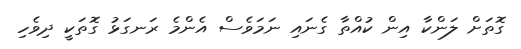
ގޮތަށް ލަންކާ އިން ކުއްތާ ގެނައި ނަމަވެސް އެންމެ ރަނގަޅު ގޮތަކީ ދިވެހި